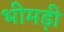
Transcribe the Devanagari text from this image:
भीमड़ी